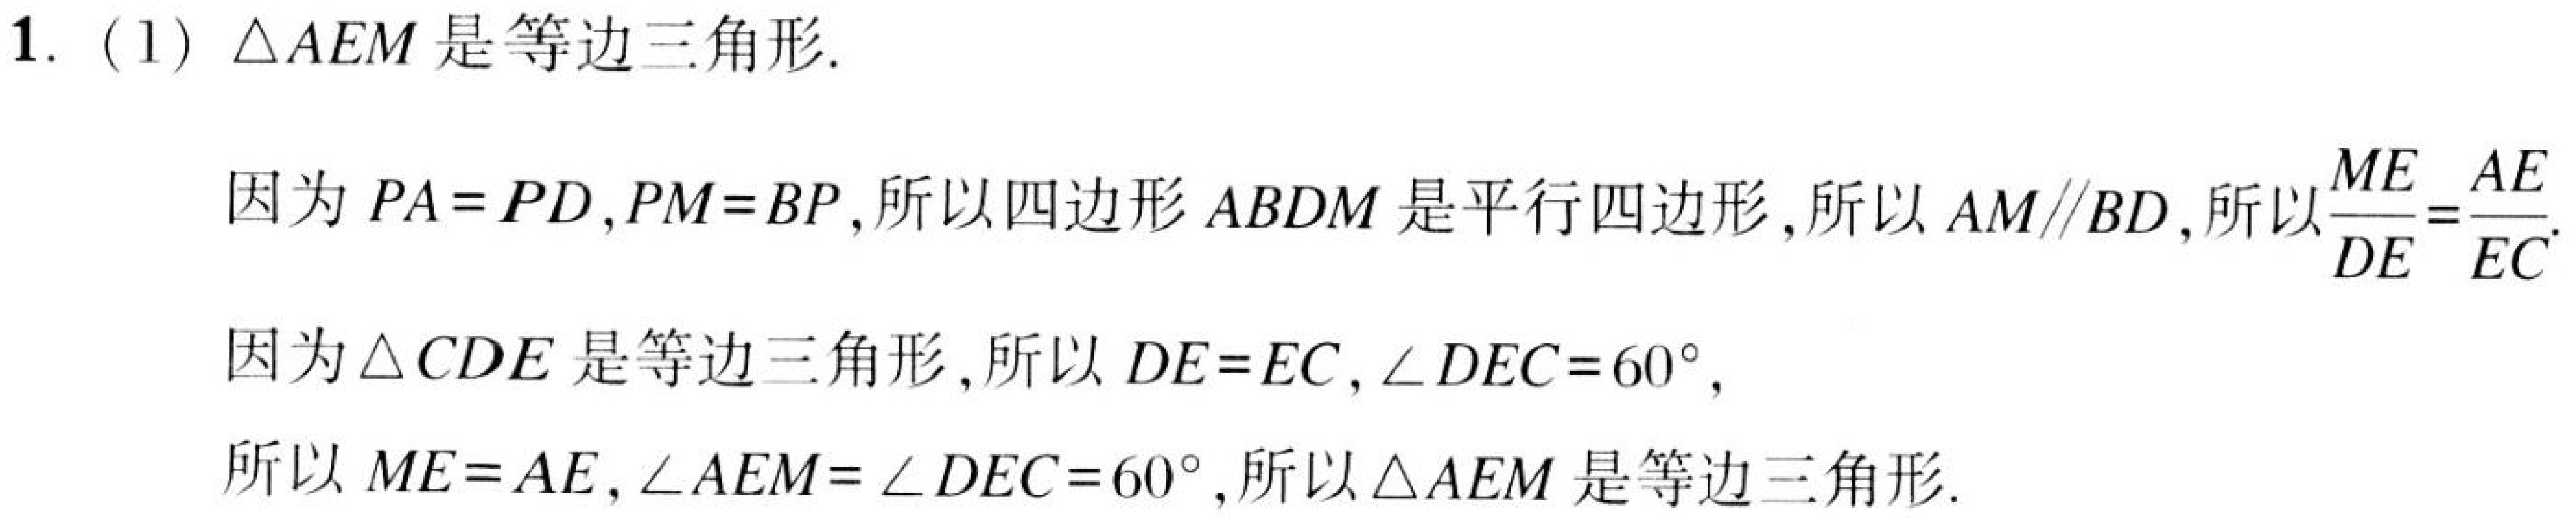
1. (1) \(\triangle AEM\) 是等边三角形.
因为 \(PA = PD\)，\(PM = BP\)，所以四边形 \(ABDM\) 是平行四边形，所以 \(AM\parallel BD\)，所以 \(\frac{ME}{DE}=\frac{AE}{EC}\).
因为 \(\triangle CDE\) 是等边三角形，所以 \(DE = EC\)，\(\angle DEC = 60^{\circ}\)，
所以 \(ME = AE\)，\(\angle AEM=\angle DEC = 60^{\circ}\)，所以 \(\triangle AEM\) 是等边三角形.